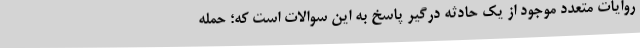
روایات متعدد موجود از یک حادثه درگیر پاسخ به این سوالات است که؛ حمله